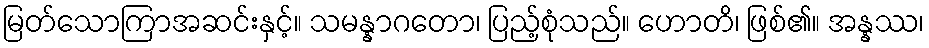
မြတ်သောကြာအဆင်းနှင့်။ သမန္နာဂတော၊ ပြည့်စုံသည်။ ဟောတိ၊ ဖြစ်၏။ အန္နဿ၊